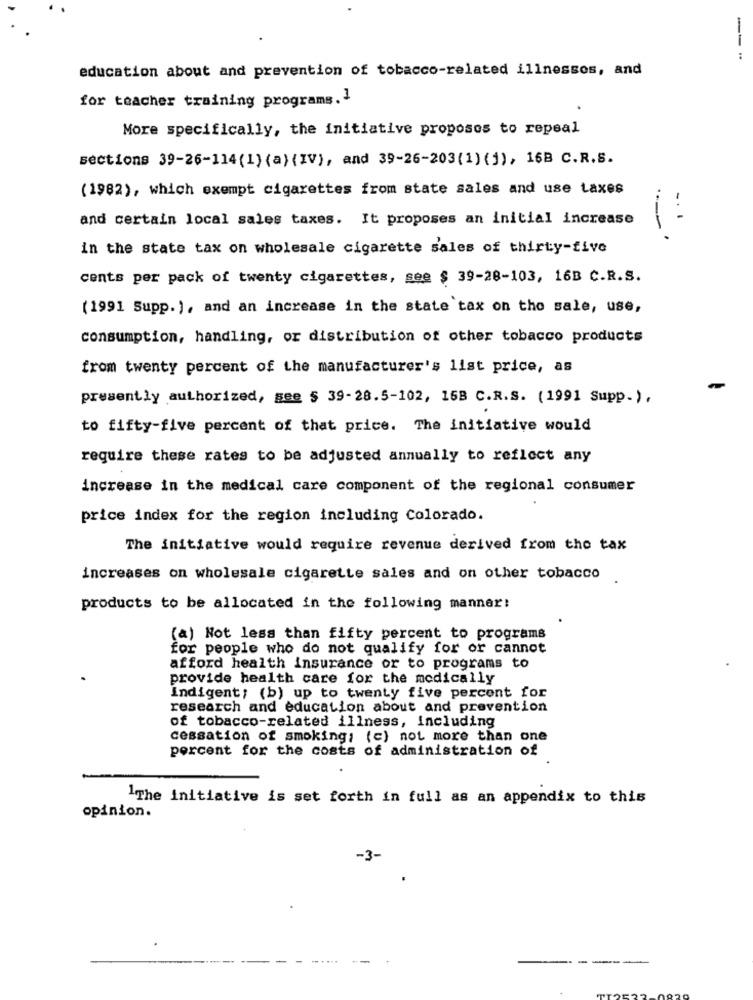
-- -
education about and prevention of tobacco-related illnesses, and
for teacher training programs. 1
More specifically, the initiative proposes to repeal
sections 39-26-114(1) (a) (IV), and 39-26-203(1) (j), 16B C.R.S.
(1982), which exempt cigarettes from state sales and use taxes
and certain local sales taxes. It proposes an initial increase
in the state tax on wholesale cigarette sales of thirty-five
....
cents per pack of twenty cigarettes, see $ 39-28-103, 16B C.R.S.
(1991 Supp.), and an increase in the state tax on the sale, use,
consumption, handling, or distribution of other tobacco products
from twenty percent of the manufacturer's list price, as
presently authorized, see § 39-28.5-102, 158 C.R.S. (1991 Supp.),
to fifty-five percent of that price. The initiative would
require these rates to be adjusted annually to reflect any
increase in the medical care component of the regional consumer
price index for the region including Colorado.
The initiative would require revenue derived from the tax
increases on wholesale cigarette sales and on other tobacco
products to be allocated in the following manner!
(a) Not less than fifty percent to programs
for people who do not qualify for or cannot
afford health insurance or to programs to
provide health care for the medically
Indigent; (b) up to twenty five percent for
research and education about and prevention
of tobacco-related illness, including
cessation of smoking; (c) not more than one
percent for the costs of administration of
1The initiative is set forth in full as an appendix to this
opinion.
-3-